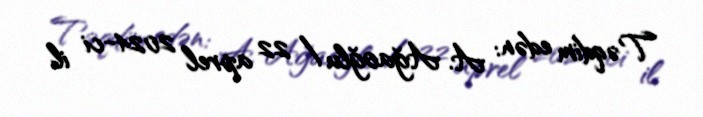
Təqdim edən: A. Ağaoğlu / 22 aprel 2024-ci il